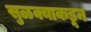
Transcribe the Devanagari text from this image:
सुळक्याकडून